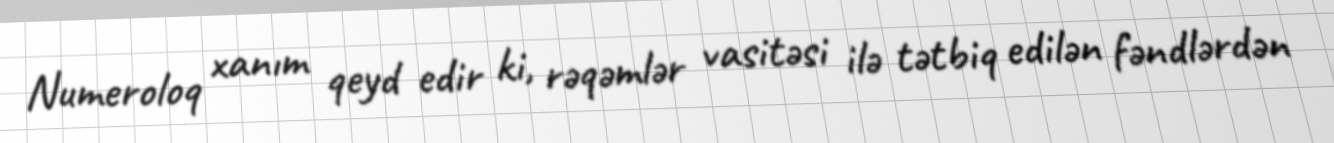
Numeroloq xanım qeyd edir ki, rəqəmlər vasitəsi ilə tətbiq edilən fəndlərdən